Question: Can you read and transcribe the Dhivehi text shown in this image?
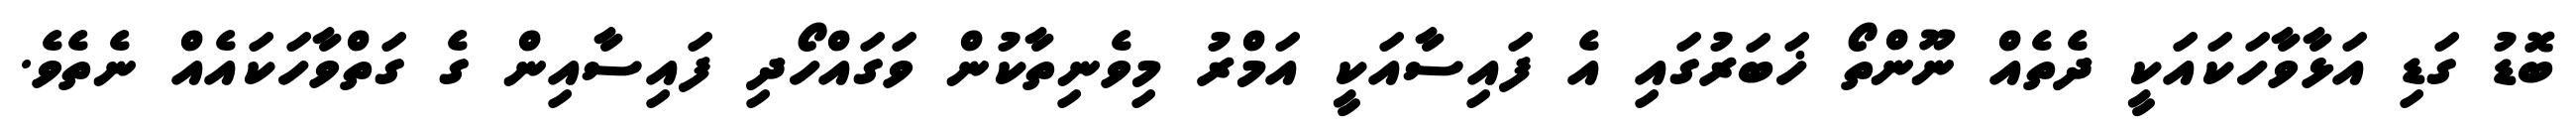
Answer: ބޮޑު ގަޑި އަޅާވާހަކައަކީ ދެތެއް ނޫންތޯ ޚަބަރުގައި އެ ފައިސާއަކީ އަމްރު މިވެނިތާކުން ވަގައްހޯދި ފައިސާއިން ގެ ގަތްވާހަކައެއް ނެތެވެ.